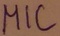
Text: MIC